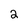
Character: 2